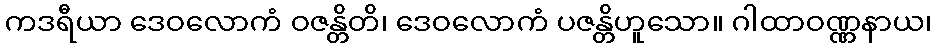
ကဒရီယာ ဒေဝလောကံ ဝဇန္တိတိ၊ ဒေဝလောကံ ပဇန္တိဟူသော။ ဂါထာဝဏ္ဏနာယ၊